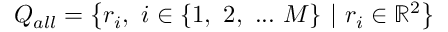
Q _ { a l l } = \big \{ r _ { i } , \ i \in \{ 1 , \ 2 , \ . . . \ M \} \ | \ r _ { i } \in \mathbb { R } ^ { 2 } \big \}